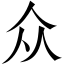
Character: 众